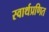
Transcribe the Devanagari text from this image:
स्वार्थप्रणित